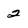
Character: 2